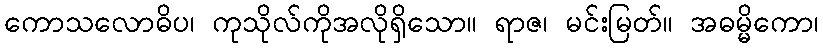
ကောသလောဓိပ၊ ကုသိုလ်ကိုအလိုရှိသော။ ရာဇ၊ မင်းမြတ်။ အဓမ္မိကော၊